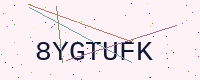
Text: 8YGTUFK